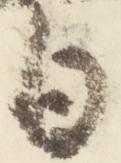
日